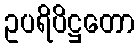
ဥပရိပိဋ္ဌတော